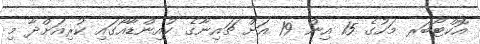
އޮކްޓޯބަރ މަހުގެ 15 އިން 19 އަށް ޗައިނާގެ ކުއިންޑާއޯގައި ކުރިއަށްދާ މި